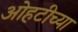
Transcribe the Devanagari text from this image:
ओहटीच्या